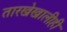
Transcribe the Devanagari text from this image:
तारखेखालीही